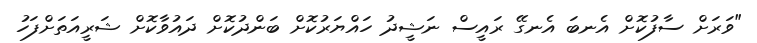
"ވަރަށް ސާފުކޮށް އެނބަ އެނގޭ ރައީސް ނަޝީދު ހައްޔަރުކޮށް ބަންދުކޮށް ދައުވާކޮށް ޝަރީއަތަށްފަހު